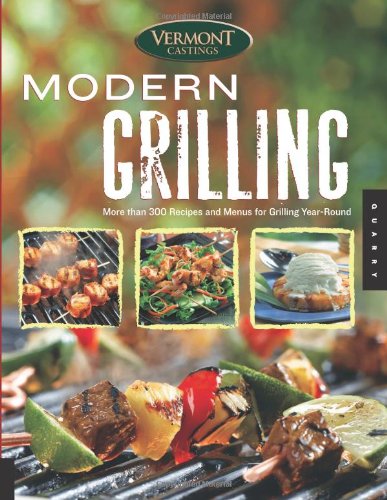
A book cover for Vermont Castings' Modern Grilling: More Than 300 Recipes and Menus for Grilling Year Round; Cookbooks, Food & Wine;